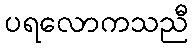
ပရလောကသညီ